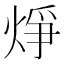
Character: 𪸾